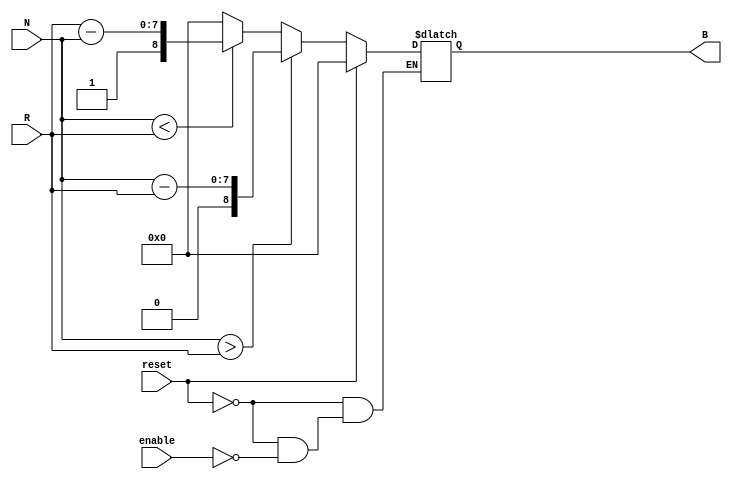
module RelativeEncoder #(
    parameter N_BITS = 8,   // Number of bits for position input
    parameter B_BITS = N_BITS + 1 // Output bits (1 extra for sign)
)(
    input wire [N_BITS-1:0] N, // Current position input
    input wire [N_BITS-1:0] R, // Reference position input
    input wire reset,           // Reset signal
    input wire enable,          // Enable signal
    output reg [B_BITS-1:0] B  // Binary output
);

    always @(*) begin
        if (reset) begin
            B = 0; // Reset output to zero
        end else if (enable) begin
            if (N > R) begin
                B = {1'b0, N - R}; // Positive direction
            end else if (N < R) begin
                B = {1'b1, R - N}; // Negative direction
            end else begin
                B = {1'b0, 0}; // No change
            end
        end else begin
            B = B; // Maintain previous state if not enabled
        end
    end

endmodule